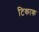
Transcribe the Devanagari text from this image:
टिकाक